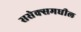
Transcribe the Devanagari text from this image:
ससेक्समधील